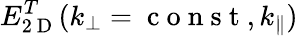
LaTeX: E_{2\mathrm{~D~}}^{T}(k_{\perp}=\mathrm{~c~o~n~s~t~},k_{\parallel})